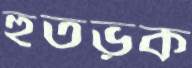
হুতভূক